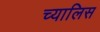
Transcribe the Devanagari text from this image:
च्यालिस